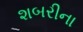
શબરીના